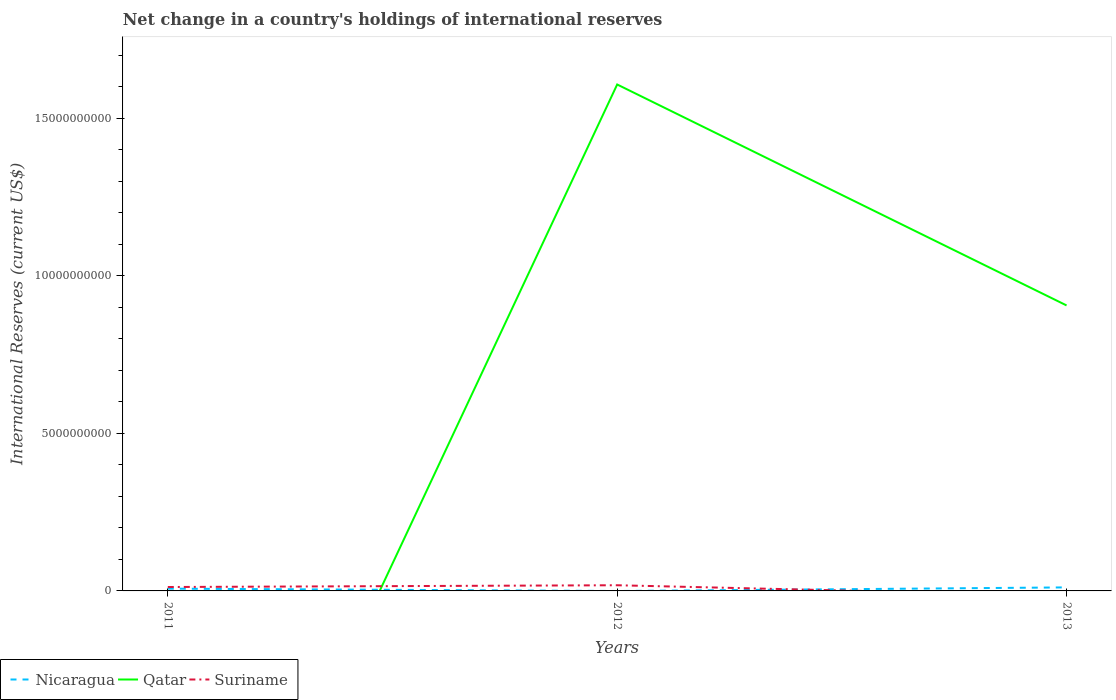
| Years | Nicaragua | Qatar | Suriname |
 | --- | --- | --- | --- |
 | 2011 | 7.26e+07 | -1.43e+10 | 1.24e+08 |
 | 2012 | -2.53e+06 | 1.61e+10 | 1.8e+08 |
 | 2013 | 1.12e+08 | 9.06e+09 | -1.51e+08 |